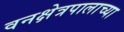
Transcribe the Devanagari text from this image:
वनक्षेत्रपालाच्या